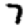
Digit: 7